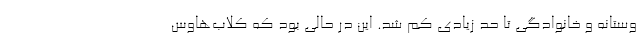
وستانه و خانوادگی تا حد زیادی کم شد. این در حالی بود که کلاب‌هاوس